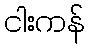
ငါးကန်